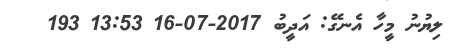
ލިޔުނު މީހާ އެނގޭ: އަދީބު 2017-07-16 13:53 193